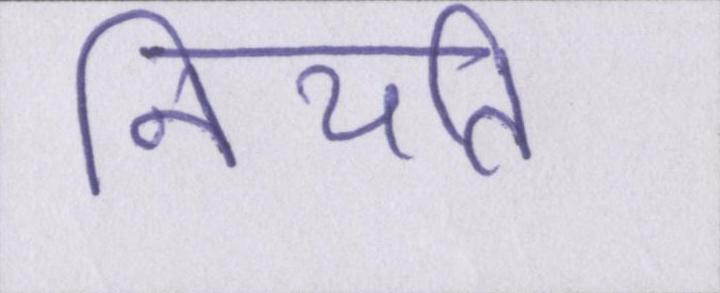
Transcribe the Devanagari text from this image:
नियति